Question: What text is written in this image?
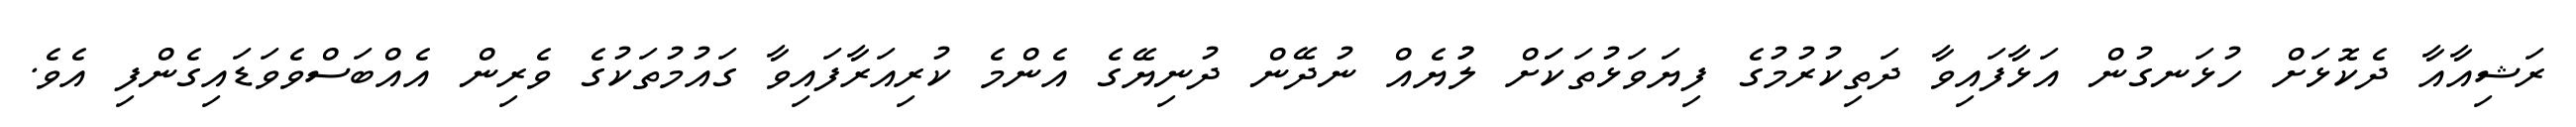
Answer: ރަޝިއާއާ ދެކޮޅަށް ހުޅަނގުން އަޅާފައިވާ ދަތިކުރުމުގެ ފިޔަވަޅުތަކަަށް ލުުޔެއް ނުދޭން ދުނިޔޭގެ އެންމެ ކުރިއަރާފައިވާ ގައުމުތަކުގެ ވެރިން އެއްބަސްވެވަޑައިގެންފި އެވެ.